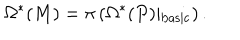
LaTeX: \Omega ^ { * } ( M ) = \pi \left( \Omega ^ { * } ( P ) \vert _ { \mathrm { b a s i c } } \right) .